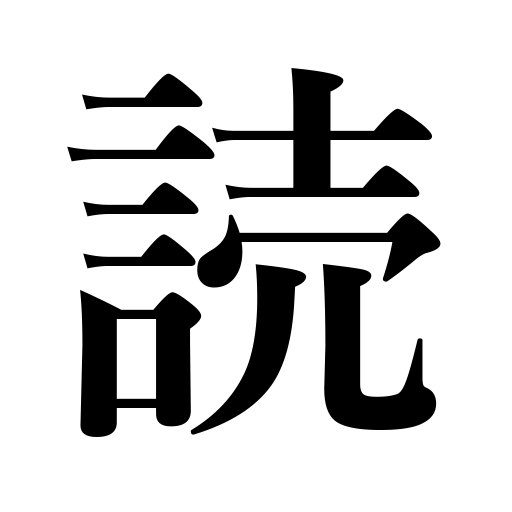
Meanings: peruse,understand,reading,read,read one's heart,guess,divine